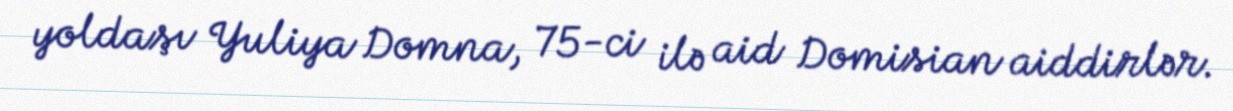
yoldaşı Yuliya Domna, 75-ci ilə aid Domisian aiddirlər.